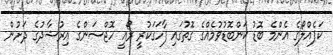
ކަޕެއްލޯގެ އެންމެ ބޮޑު ކަންބޮޑުވުމެއްގެ ގޮތުގައި ފާހަގަކުރީ ރޯއީ ހޮޖްސަންގެ އިރުޝާދުގެ ދަށުން